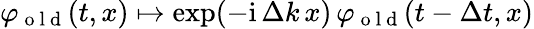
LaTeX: \varphi_{\mathrm{~o~l~d~}}(t,x)\mapsto\exp(-\mathrm{i}\, \Delta k\, x)\, \varphi_{\mathrm{~o~l~d~}}(t-\Delta t,x)